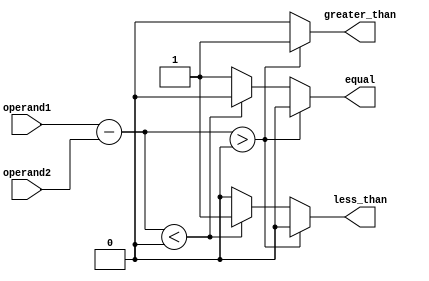
module Magnitude_comparator (
    input [7:0] operand1,
    input [7:0] operand2,
    output reg greater_than,
    output reg less_than,
    output reg equal
);

// Perform subtraction to determine if operand1 is greater than, less than, or equal to operand2
wire [8:0] difference;
assign difference = operand1 - operand2;

// Determine if operand1 is greater than, less than, or equal to operand2
always @(*) begin
    if (difference > 0) begin
        greater_than = 1;
        less_than = 0;
        equal = 0;
    end else if (difference < 0) begin
        greater_than = 0;
        less_than = 1;
        equal = 0;
    end else begin
        greater_than = 0;
        less_than = 0;
        equal = 1;
    end
end

endmodule